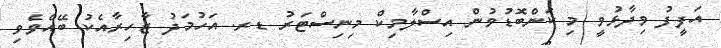
އަފީފު ވިދާޅުވީ މި ކަންބޮޑުވުން އިސްލާމިކް މިނިސްޓަރު ޑރ. އަހުމަދު ޒާހިރާއެކު ބޭއްވެވި